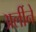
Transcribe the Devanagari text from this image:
अर्लीने